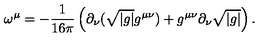
\omega ^ { \mu } = - { \frac { 1 } { 1 6 \pi } } \left( \partial _ { \nu } ( \sqrt { \vert g \vert } g ^ { \mu \nu } ) + g ^ { \mu \nu } \partial _ { \nu } \sqrt { \vert g \vert } \right) .